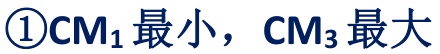
\textcircled{1}$\mathrm{CM}_{1}$最小，$\mathrm{CM}_{3}$最大